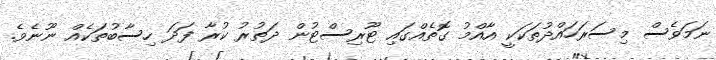
ނަމަވެސް މިސަރަހައްދުތަކަކީ އާއްމު ގޮތެއްގައިި ޓޫރިސްޓުން ދަތުރު ކުރާ ފަދަ ހިސާބުތަކެއް ނޫނެވެ.